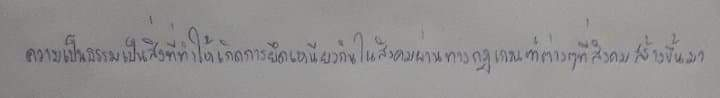
ความเป็นธรรมเป็นสิ่งที่ทำให้เกิดการยึดเหนียวกันในสังคมผ่านทางกฎเกณฑ์ต่างๆที่สังคมสร้างขึ้นมา